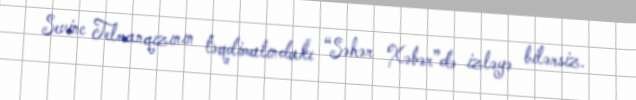
Sevinc Telmanqızının təqdimatındakı “Səhər Xəbər”də izləyə bilərsiz.